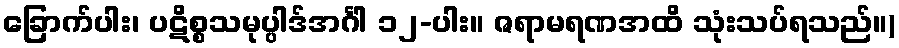
ခြောက်ပါး၊ ပဋိစ္စသမုပ္ပါဒ်အင်္ဂါ ၁၂-ပါး။ ဇရာမရဏအထိ သုံးသပ်ရသည်။)